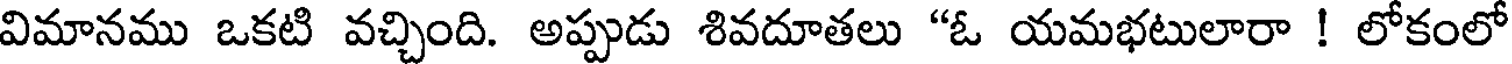
విమానము ఒకటి వచ్చింది. అప్పుడు శివదూతలు "ఓ యమభటులారా ! లోకంలో